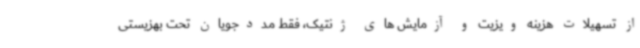
از تسهیلات هزینه ویزیت و آزمایش های ژنتیک، فقط مددجویان‌ تحت بهزیستی